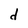
Character: d